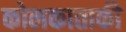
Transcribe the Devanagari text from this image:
कोलकाताकी